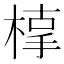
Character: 𣖥